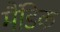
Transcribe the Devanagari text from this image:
मैंडिक